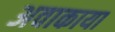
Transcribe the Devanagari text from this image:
अवाकाया